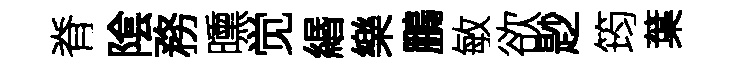
脊隂務曛觉緡樂鵬敏欲尟筠葉